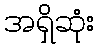
အရှိဆုံး